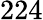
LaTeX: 224